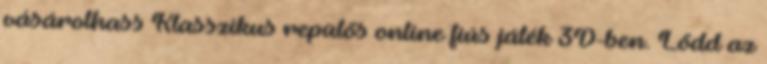
vásárolhass Klasszikus repülős online fiús játék 3D-ben. Lődd az